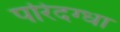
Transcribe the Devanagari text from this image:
परिदग्धा